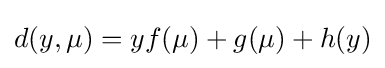
d(y,\mu )=yf(\mu )+g(\mu )+h(y)